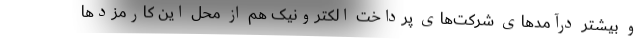
و بیشتر درآمدهای شرکت‌های پرداخت الکترونیک هم از محل این کارمزدها